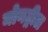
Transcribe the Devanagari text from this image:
मोनट्रील